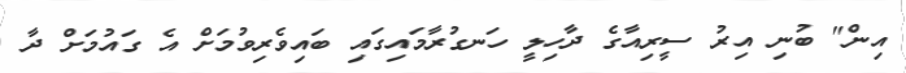
އިން" ބުނި އިރު ސީރިއާގެ ދާހިލީ ހަނގުރާމައިގައި ބައިވެރިވުމަށް އެ ގައުމަށް ދާ